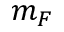
m _ { F }